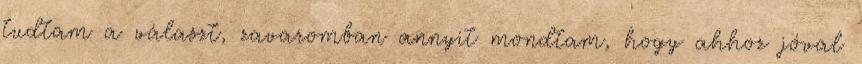
tudtam a választ, zavaromban annyit mondtam, hogy ahhoz jóval